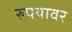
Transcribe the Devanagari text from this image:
रुपयावर